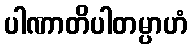
ပါဏာတိပါတမ္ပာဟံ